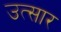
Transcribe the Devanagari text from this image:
उत्सार